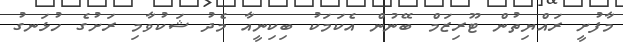
މާފުށީ ރައްޔިތުން ޓޫރިޒަމް ބޭނުން އެކަމަކު ބިކިނީއާ މެދު ޝަކުވާމި ރަށުގެ ހުޅަނގު